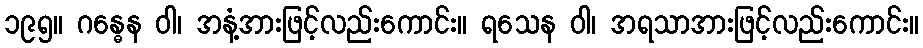
၁၉၅။ ဂန္ဓေန ဝါ၊ အနံ့အားဖြင့်လည်းကောင်း။ ရသေန ဝါ၊ အရသာအားဖြင့်လည်းကောင်း။